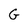
Character: G